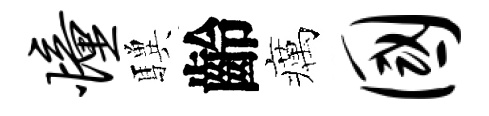
憧驥齡癘国